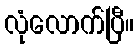
လုံလောက်ပြီ။